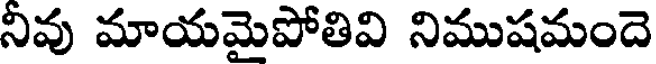
నివు మాయమైపోతివి నిముషమందె